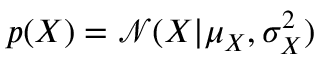
p ( X ) = \mathcal { N } ( X | \mu _ { X } , \sigma _ { X } ^ { 2 } )